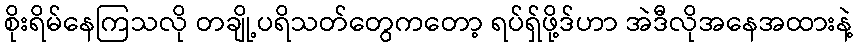
စိုးရိမ်နေကြသလို တချို့ပရိသတ်တွေကတော့ ရပ်ရှ်ဖို့ဒ်ဟာ အဲဒီလိုအနေအထားနဲ့